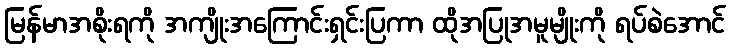
မြန်မာအစိုးရကို အကျိုးအကြောင်းရှင်းပြကာ ထိုအပြုအမူမျိုးကို ရပ်စဲအောင်